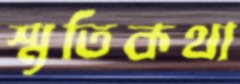
স্মৃতিকথা